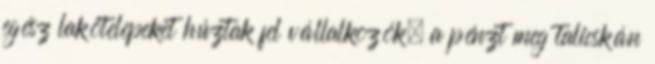
egész lakótelepeket húztak fel vállalkozók, a pénzt meg talicskán